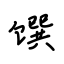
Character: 馔